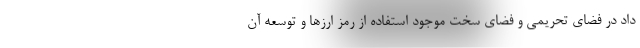
داد در فضای تحریمی و فضای سخت موجود استفاده از رمز ارزها و توسعه آن